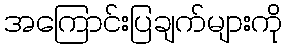
အကြောင်းပြချက်များကို